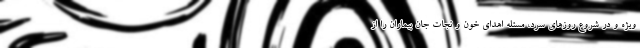
ویژه و در شروع روزهای سرد، مسئله اهدای خون و نجات جان بیماران را از